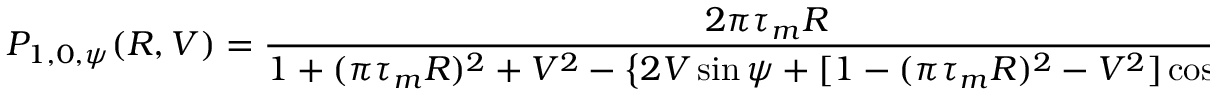
P _ { 1 , 0 , \psi } ( R , V ) = \frac { 2 \pi \tau _ { m } R } { 1 + ( \pi \tau _ { m } R ) ^ { 2 } + V ^ { 2 } - \left\{ 2 V \sin \psi + [ 1 - ( \pi \tau _ { m } R ) ^ { 2 } - V ^ { 2 } ] \cos \psi \right\} } \; \stackrel { \psi \to \pi } { \longrightarrow } \; \pi \tau _ { m } R \, ,